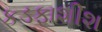
કડફાશીશ